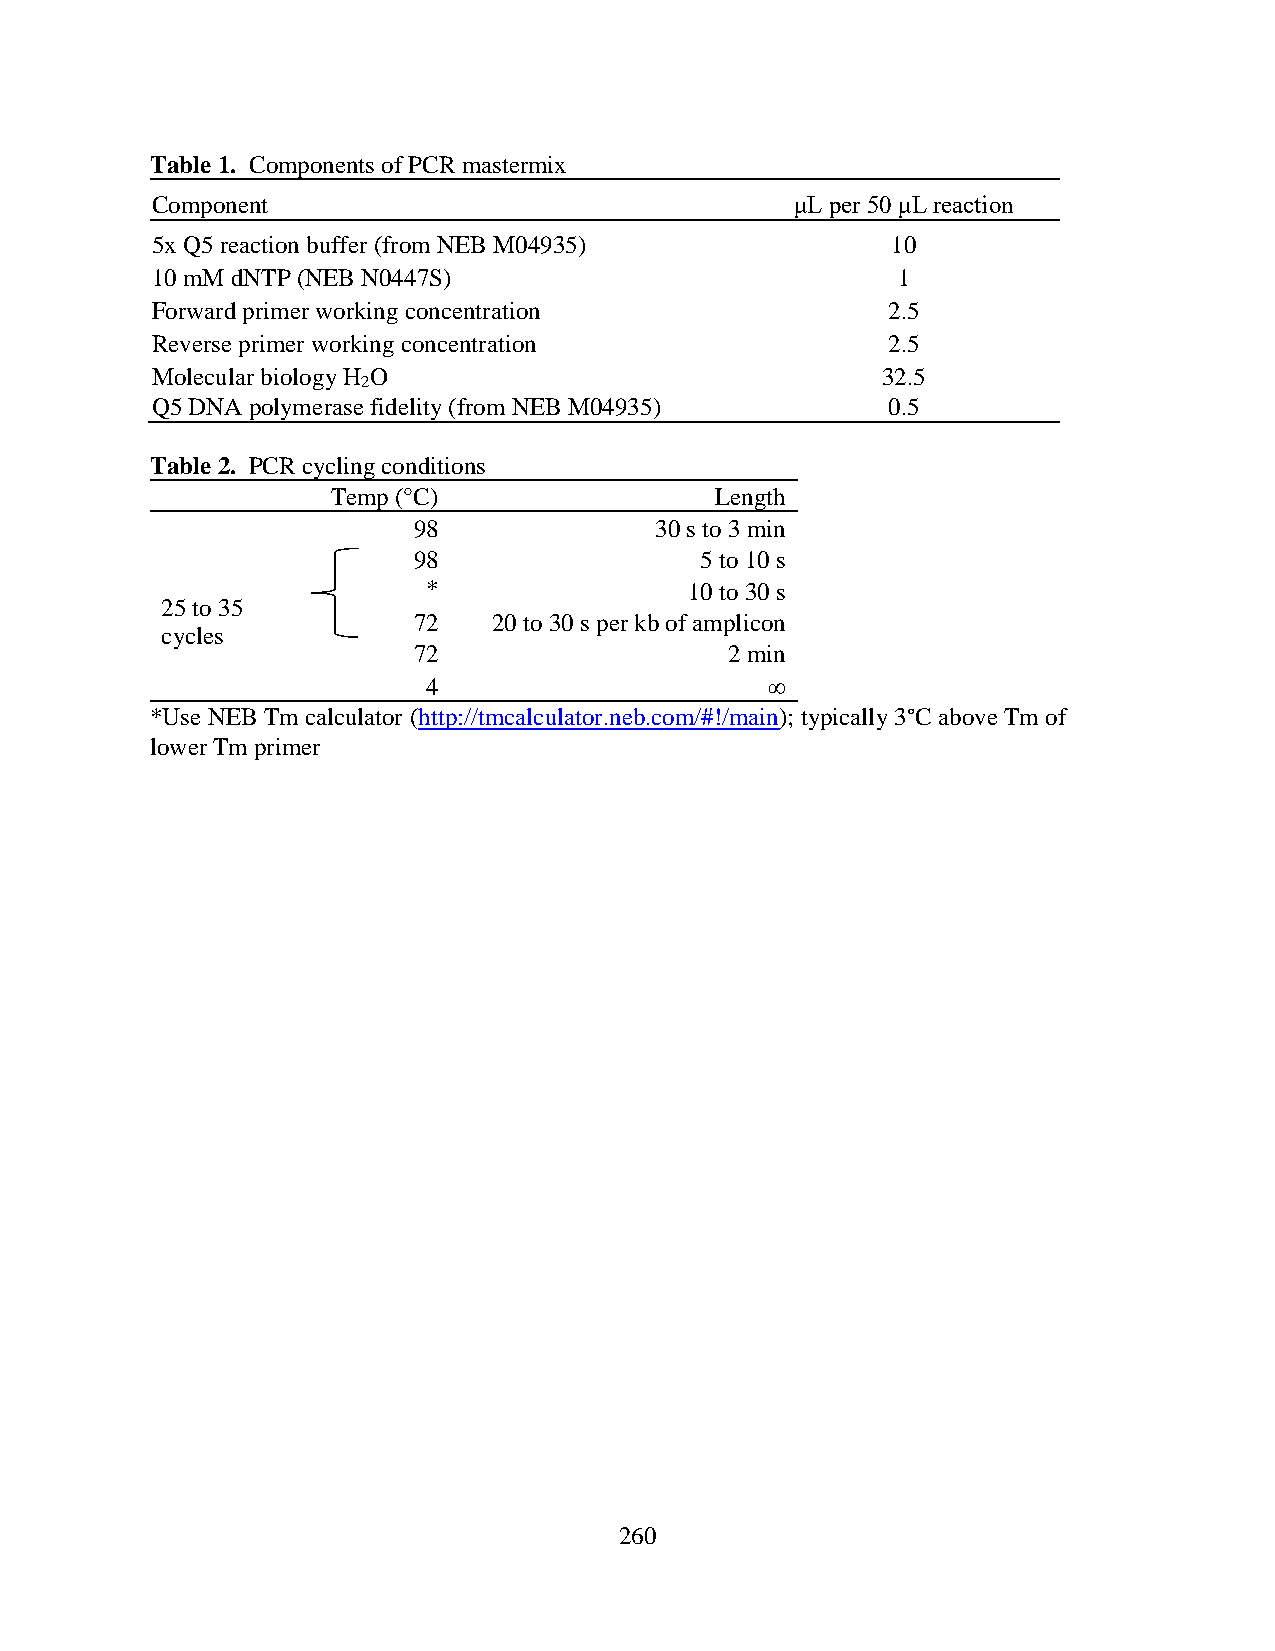
Table 1. Components of PCR mastermix
 Component                                  μL per 50 μL reaction
 5x Q5 reaction buffer (from NEB M04935)          10
 10 mM dNTP (NEB N0447S)                          1
 Forward primer working concentration             2.5
 Reverse primer working concentration             2.5
 Molecular biology H O                           32.5
 2
 Q5 DNA polymerase fidelity (from NEB M04935)     0.5
 Table 2. PCR cycling conditions
 Temp (°C)                Length
 98              30 s to 3 min
 98                 5 to 10 s
 *                 10 to 30 s
 25 to 35
 72    20 to 30 s per kb of amplicon
 cycles
 72                   2 min
 4                      ∞
 *Use NEB Tm calculator (http://tmcalculator.neb.com/#!/main); typically 3°C above Tm of
 lower Tm primer
 260